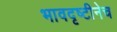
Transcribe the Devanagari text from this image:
भावदृष्टीनेच